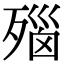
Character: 𬆛